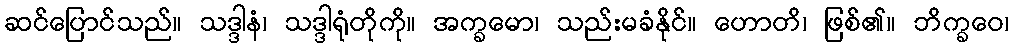
ဆင်ပြောင်သည်။ သဒ္ဒါနံ၊ သဒ္ဒါရုံတိုကို။ အက္ခမော၊ သည်းမခံနိုင်။ ဟောတိ၊ ဖြစ်၏။ ဘိက္ခဝေ၊